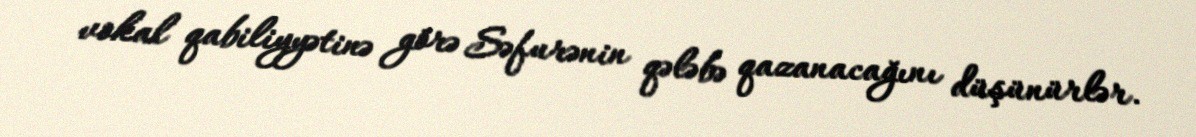
vokal qabiliyyətinə görə Səfurənin qələbə qazanacağını düşünürlər.